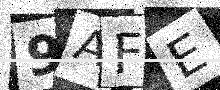
Text: 9AFE